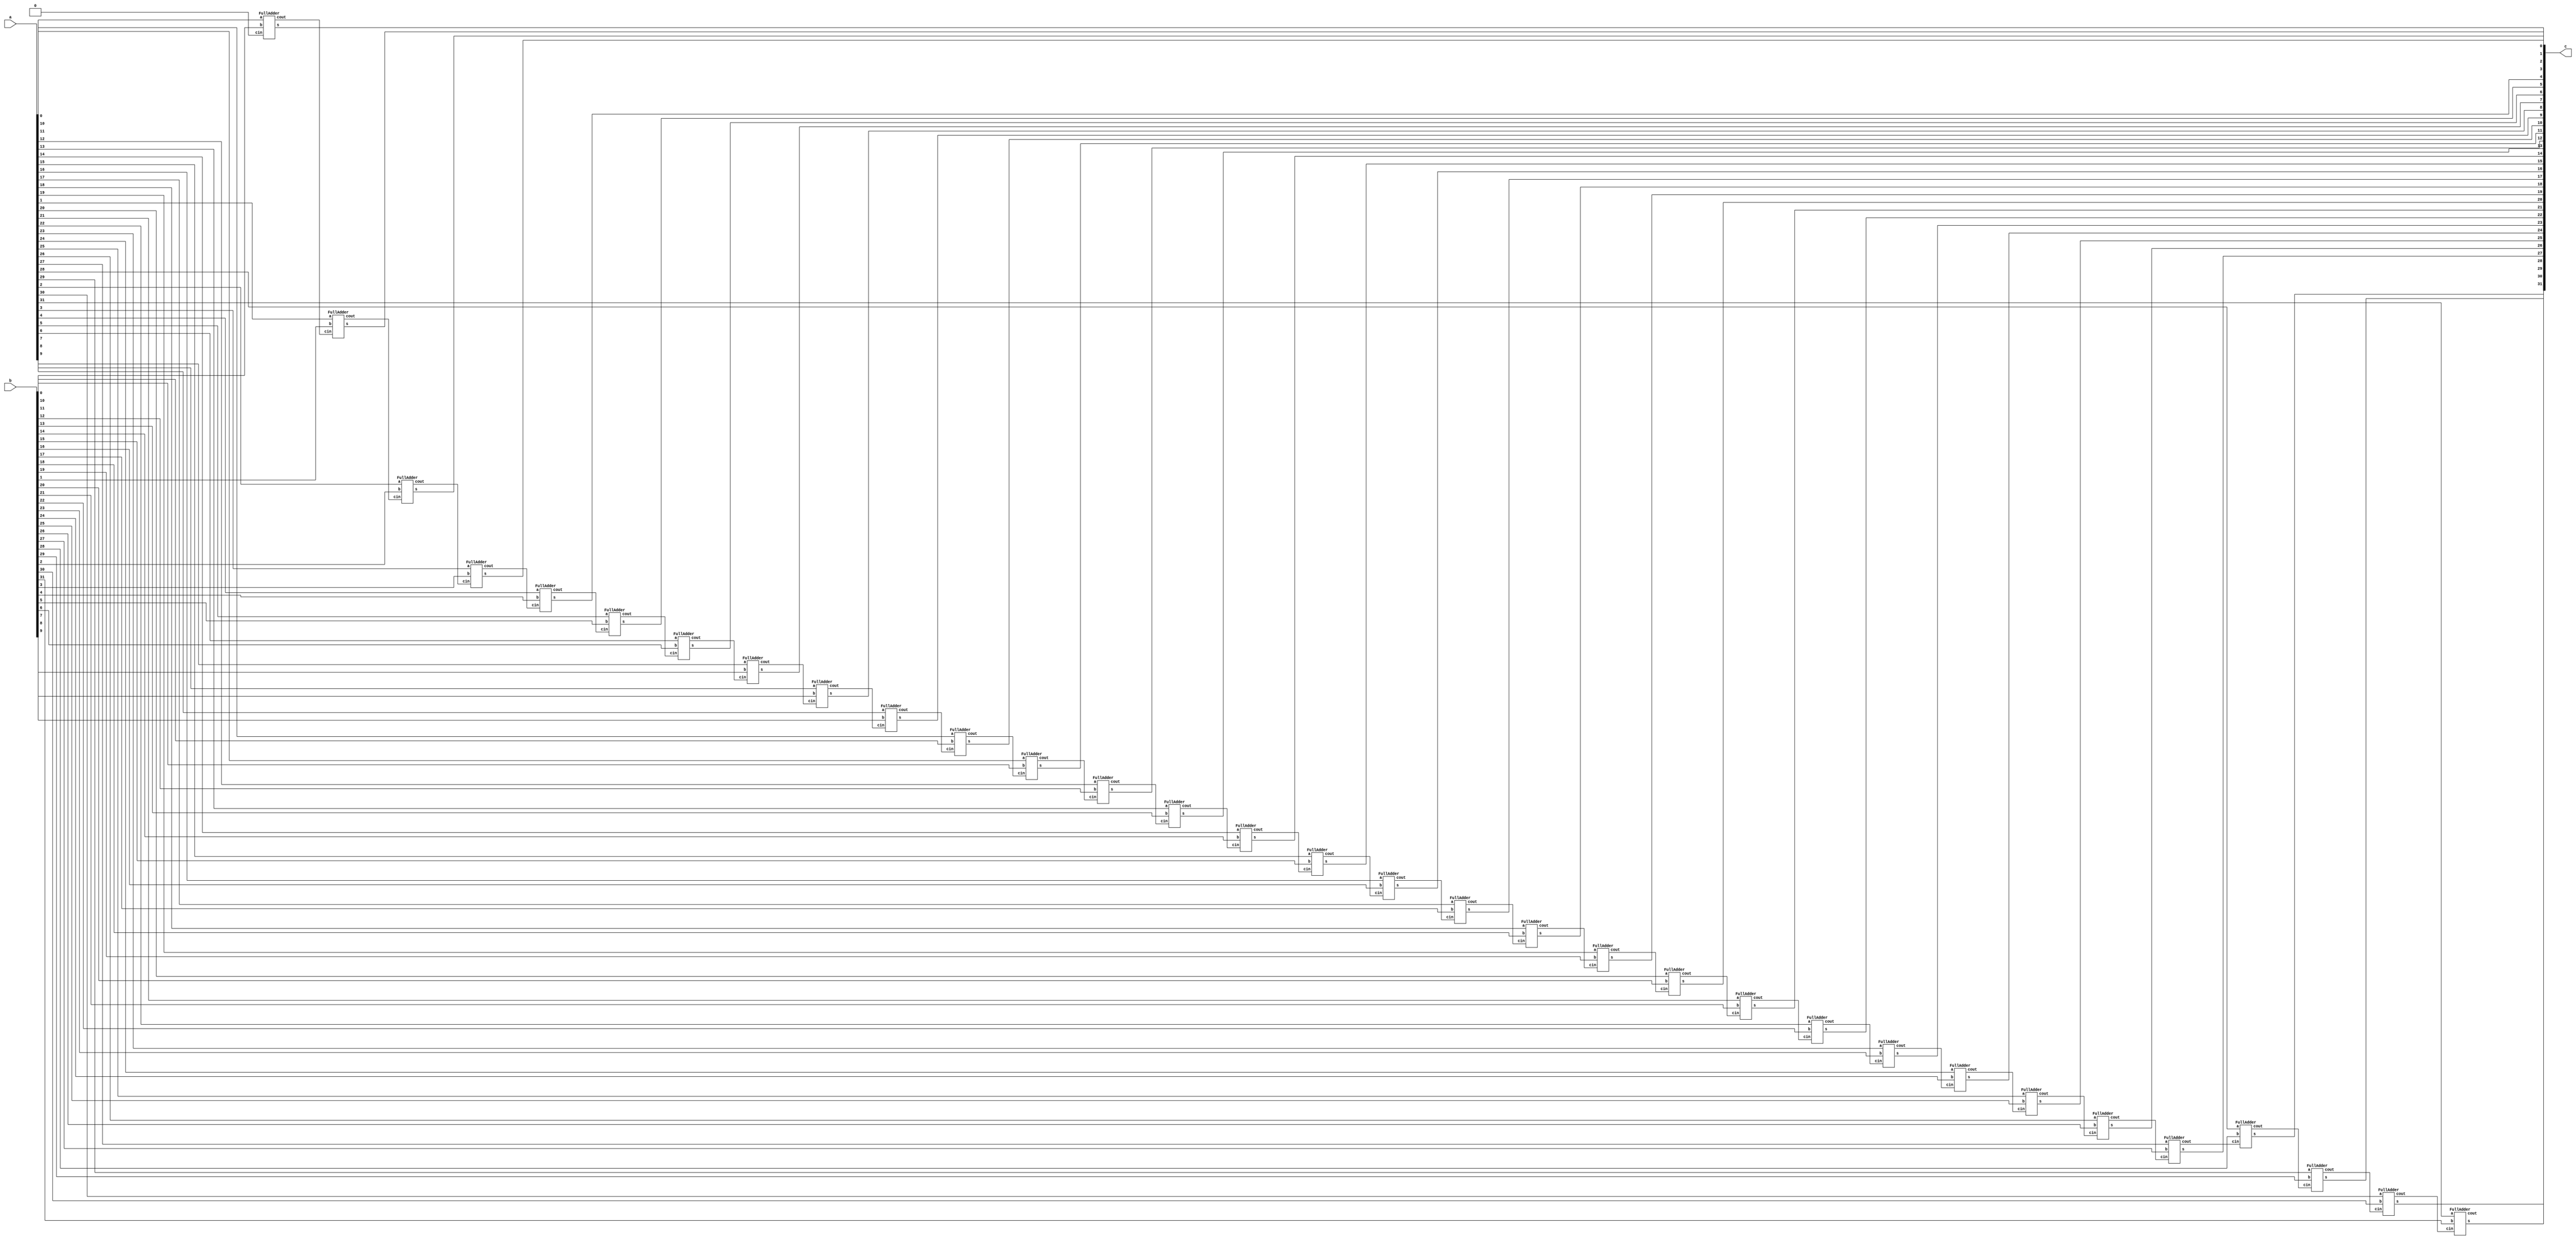
module adder (a, b, c);

	parameter n = 32;

	input  [n-1:0] a,b;
	wire   [32:0] w0;
	output [n-1:0] c;

	assign w0[0] = 0;

	genvar i;

	generate
		for (i = 0; i <= n-1; i = i + 1) 
			begin: add
				FullAdder FullAdder_inst(.a(a[i]),.b(b[i]), .cin(w0[i]), .cout(w0[i+1]), .s(c[i]));
			end
	endgenerate

endmodule

module FullAdder(a, b, cin, cout, s);

	input a, b, cin;
	output cout, s;

	assign {cout,s} = a + b + cin;

endmodule